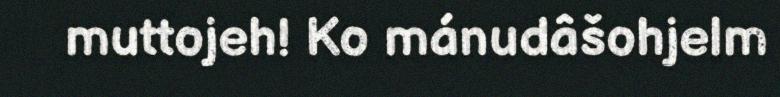
muttojeh! Ko mánudâšohjelm